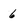
Character: 6